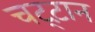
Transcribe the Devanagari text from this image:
चट्ट़ान